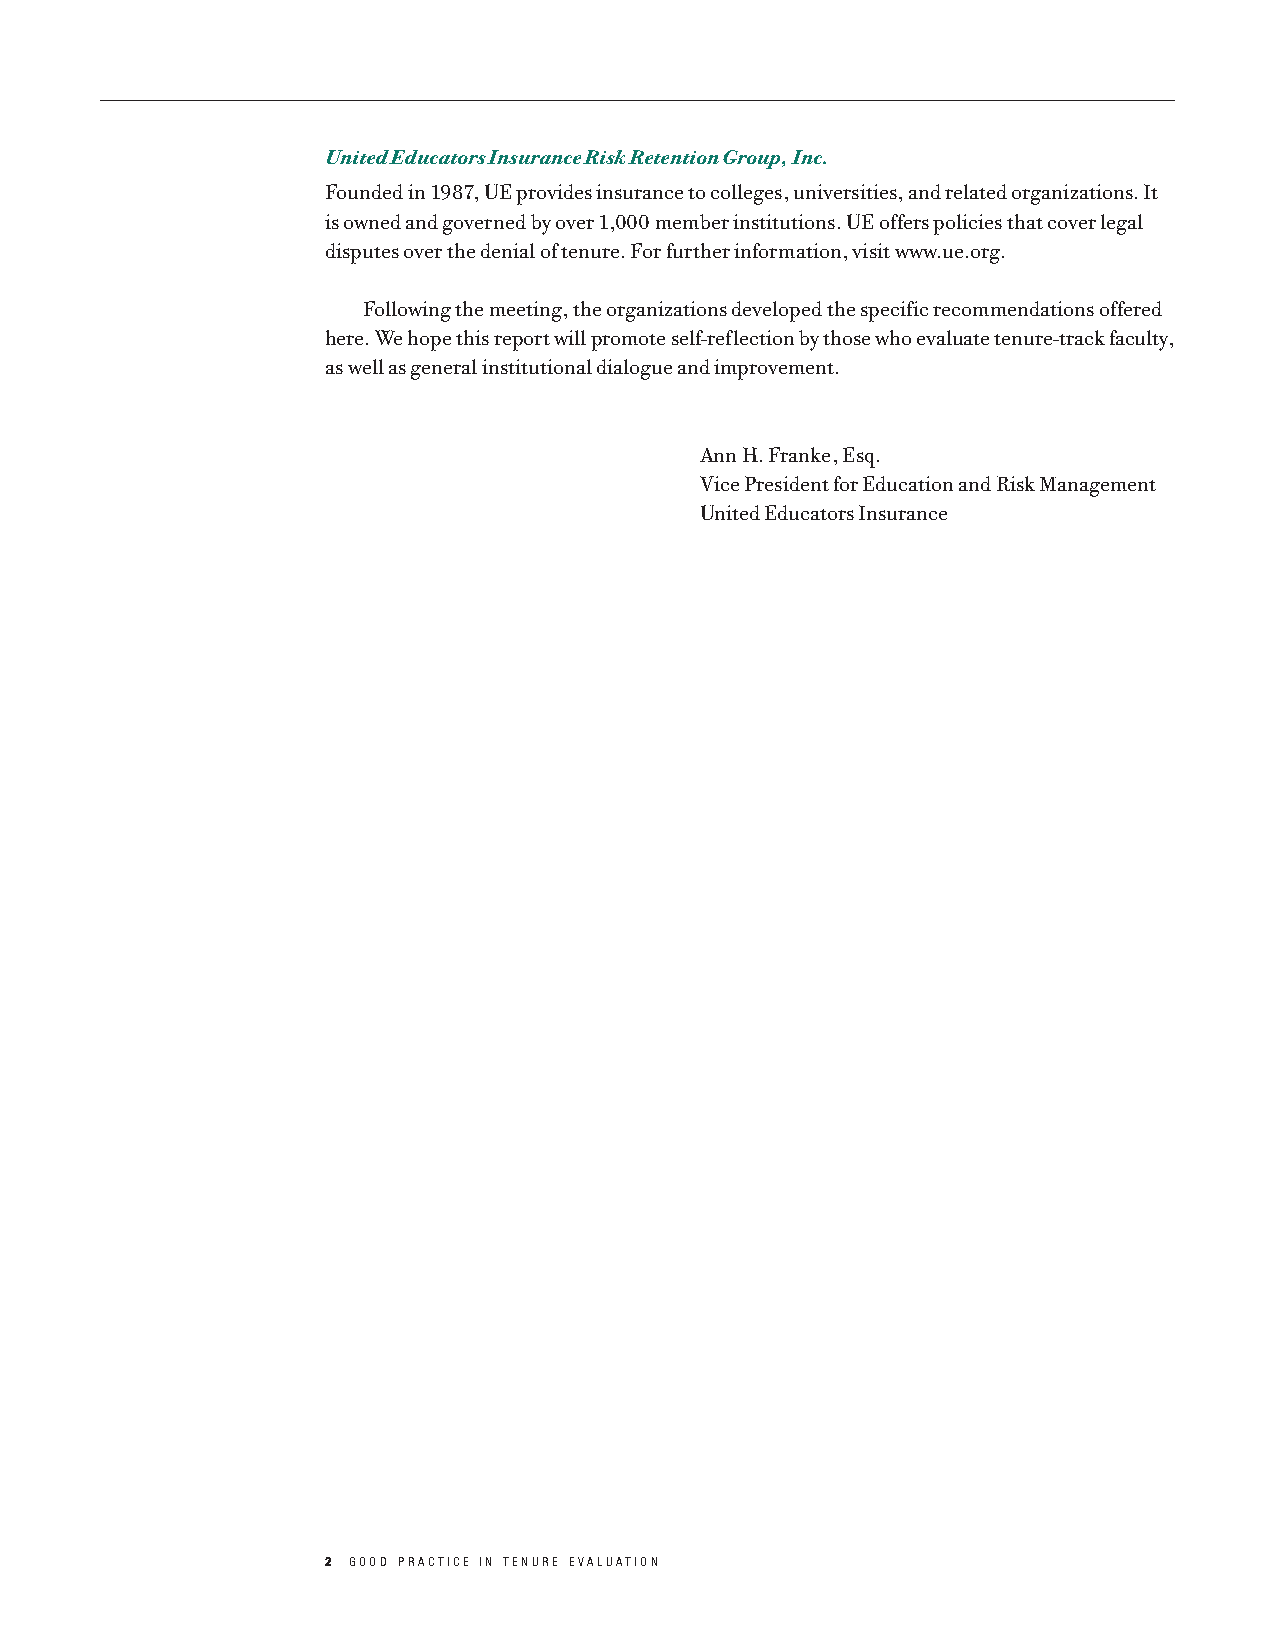
United Educators Insurance Risk Retention Group, Inc.
 Founded in 1987, UE provides insurance to colleges, universities, and related organizations. It
 is owned and governed by over 1,000 member institutions. UE offers policies that cover legal
 disputes over the denial of tenure. For further information, visit www.ue.org.
 Following the meeting, the organizations developed the specific recommendations offered
 here. We hope this report will promote self-reflection by those who evaluate tenure-track faculty,
 as well as general institutional dialogue and improvement.
 Ann H. Franke, Esq.
 Vice President for Education and Risk Management
 United Educators Insurance
 2 GOOD PRACTICE IN TENURE EVALUATION